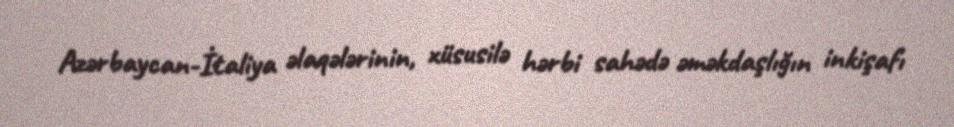
Azərbaycan-İtaliya əlaqələrinin, xüsusilə hərbi sahədə əməkdaşlığın inkişafı